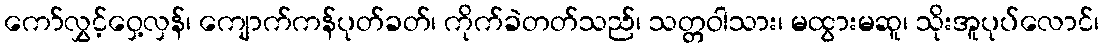
ကော်လွှင့်ဝှေ့လှန်၊ ကျောက်ကန်ပုတ်ခတ်၊ ကိုက်ခဲတတ်သည်၊ သတ္တဝါသား၊ မထွားမဆူ၊ သိုးအူပုပ်လောင်၊